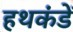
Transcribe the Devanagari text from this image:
हथकंडें